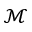
\mathcal { M }